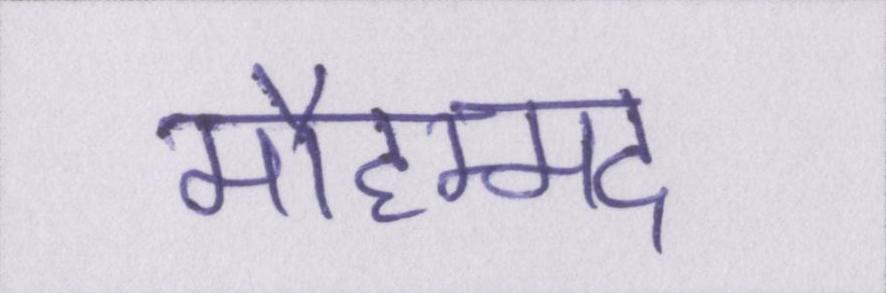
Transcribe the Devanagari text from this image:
मौहम्मद